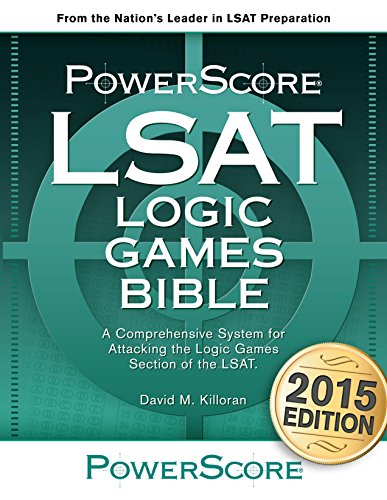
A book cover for The PowerScore LSAT Logic Games Bible (Powerscore LSAT Bible); David M. Killoran; Test Preparation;